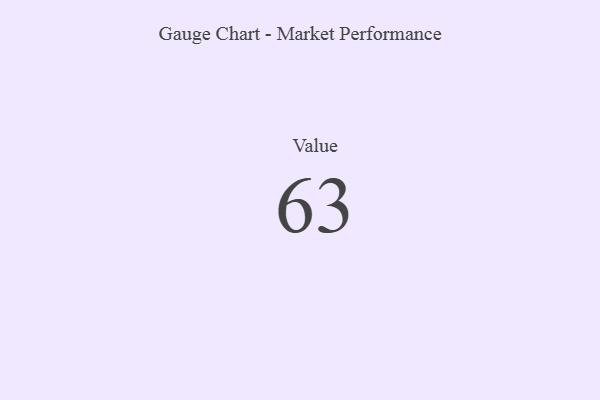
{"axis": {"x": "Metric", "y": "Value"}, "legend": [""], "data": [{"x": "Value", "y": 63, "type": ""}]}